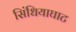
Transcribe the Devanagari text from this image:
सिंधियाघाट